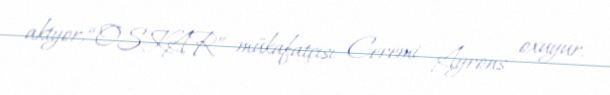
aktyor, “OSKAR” mükafatçısı Ceremi Ayrons oxuyur.